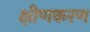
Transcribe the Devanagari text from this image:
क्षीणकरण